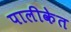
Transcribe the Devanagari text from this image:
पालीकेत